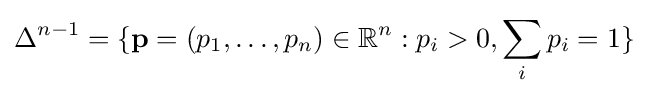
\Delta ^{n-1}=\{\mathbf {p} =(p_{1},\dots ,p_{n})\in \mathbb {R} ^{n}:p_{i}>0,\sum _{i}p_{i}=1\}